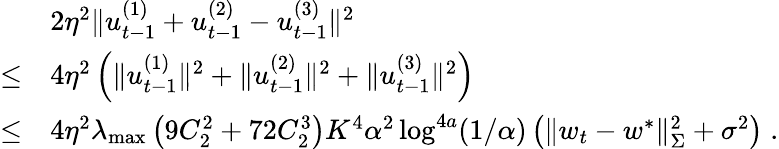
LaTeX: \begin{array}{rl}&{2\eta^{2}\| u_{t-1}^{(1)}+u_{t-1}^{(2)}-u_{t-1}^{(3)}\| ^{2}}\\ {\leq}&{4\eta^{2}\left(\| u_{t-1}^{(1)}\| ^{2}+\| u_{t-1}^{(2)}\| ^{2}+\| u_{t-1}^{(3)}\| ^{2}\right)}\\ {\leq}&{4\eta^{2}\lambda_{\operatorname*{max}}\left(9C_{2}^{2}+72C_{2}^{3}\right)K^{4}\alpha^{2}\log^{4a}(1/\alpha)\left(\| w_{t}-w^{*}\| _{\Sigma}^{2}+\sigma^{2}\right)\; .}\end{array}